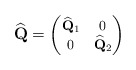
\begin{align*}\widehat{\mathbf{Q}}=\begin{footnotesize}\begin{pmatrix}\widehat{\mathbf{Q}}_1&0\\0&\widehat{\mathbf{Q}}_2\end{pmatrix}\end{footnotesize}\end{align*}